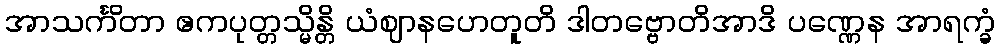
အာသင်္ကိတာ ဧကပုတ္တသ္မိန္တိ ယံဈာနဟေတူတိ ဒါတဗ္ဗောတိအာဒိ ပဏ္ဏေန အာရက္ခံ